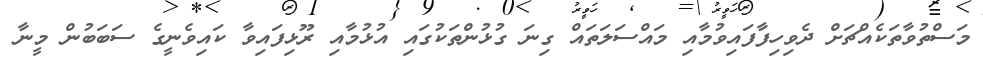
މަސްތުވާތަކެއްޗަށް ދެވިހިފާފައިވުމާއި މައްސަލަތައް ގިނަ ގުޅުންތަކުގައި އުޅުމާއި ރޫޅިފައިވާ ކައިވެނީގެ ސަބަބުން މީނާ